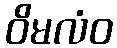
ဝိမလံဝ